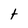
Character: t